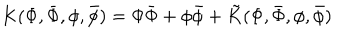
K ( \Phi , \bar { \Phi } , \phi , \bar { \phi } ) = \Phi \bar { \Phi } + \phi \bar { \phi } + \tilde { K } ( \Phi , \bar { \Phi } , \phi , \bar { \phi } )